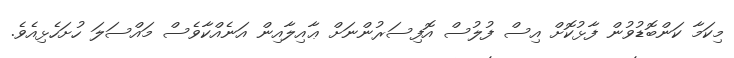
މިކަމާ ކަންބޮޑުވުން ފާޅުކޮށް އިސް ފުލުސް އޮފިސަރުންނަށް ޢާއިލާއިން އަނެއްކާވެސް މައްސަލަ ހުށަހެޅިއެވެ.